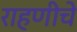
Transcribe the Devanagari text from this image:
राहणीचे